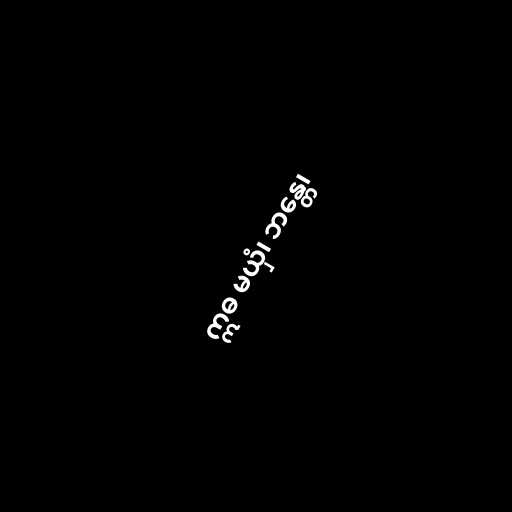
ဣဓ မယှံ၊ ဘန္တေ၊